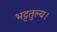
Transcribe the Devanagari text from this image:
भट्टतुल्य।